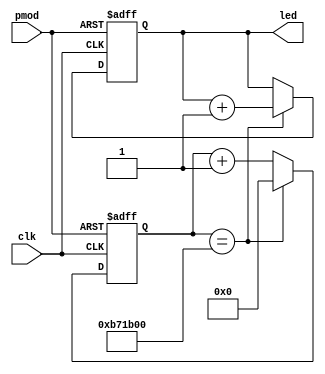
module counter(
	
	input				pmod,
	input				clk,
	
	output	reg	[3:0]	led
);

	wire rst;
	wire inc;
	
	reg 	[23:0]		counter;
	
	assign inc = ~clk;
	assign rst = ~pmod;
	
	always @ (posedge clk or posedge rst) begin
		if (rst == 1'b1) begin
			led <= 4'b0;
			counter <= 24'b0;
		end else if (counter == 24'd12000000) begin
			led <= led + 1'b1;
			counter <= 24'b0;
		end else begin
			counter <= counter+1;
		end
	end
	
endmodule